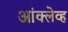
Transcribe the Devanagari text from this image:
आंक्लेव्ह